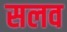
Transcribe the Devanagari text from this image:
सलव